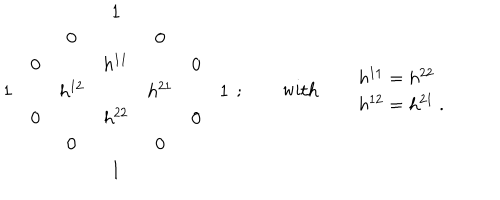
\begin{array} { c c c c c c c } { { } } & { { } } & { { } } & { { 1 } } & { { } } & { { } } & { { } } \\ { { } } & { { } } & { { 0 } } & { { } } & { { 0 } } & { { } } & { { } } \\ { { } } & { { 0 } } & { { } } & { { h ^ { 1 1 } } } & { { } } & { { 0 } } & { { } } \\ { { 1 } } & { { } } & { { h ^ { 1 2 } } } & { { } } & { { h ^ { 2 1 } } } & { { } } & { { 1 } } \\ { { } } & { { 0 } } & { { } } & { { h ^ { 2 2 } } } & { { } } & { { 0 } } & { { } } \\ { { } } & { { } } & { { 0 } } & { { } } & { { 0 } } & { { } } & { { } } \\ { { } } & { { } } & { { } } & { { 1 } } & { { } } & { { } } & { { } } \\ \end{array} \ ; \qquad \mathrm { w i t h } \qquad \begin{array} { l } { { h ^ { 1 1 } = h ^ { 2 2 } } } \\ { { h ^ { 1 2 } = h ^ { 2 1 } \ . } } \\ \end{array}